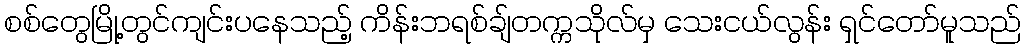
စစ်တွေမြို့တွင်ကျင်းပနေသည့် ကိန်းဘရစ်ချ်တက္ကသိုလ်မှ သေးငယ်လွန်း ရှင်တော်မူသည်